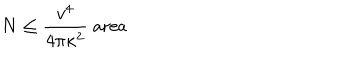
N \leq { \frac { v ^ { 4 } } { 4 \pi \kappa ^ { 2 } } } \; \mathrm { a r e a }